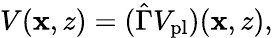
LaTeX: \begin{array}{r}{V(\mathbf{x},z)=(\hat{\Gamma}V_{\mathrm{pl}})(\mathbf{x},z),}\end{array}